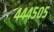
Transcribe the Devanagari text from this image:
४४४५०५